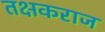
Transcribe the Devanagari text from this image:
तक्षकराज